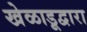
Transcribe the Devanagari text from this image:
खेळाडूद्वारा